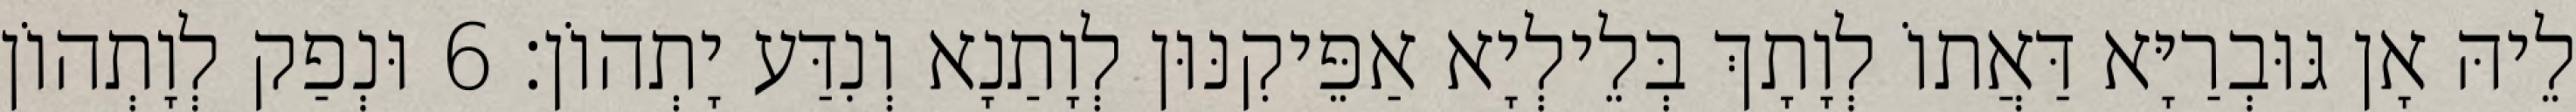
לֵיהּ אָן גּוּבְרַיָּא דַּאֲתוֹ לְוָתָךְ בְּלֵילְיָא אַפֵּיקִנּוּן לְוָתַנָא וְנִדַּע יָתְהוֹן׃ 6 וּנְפַק לְוָתְהוֹן